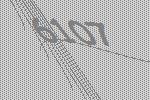
6107